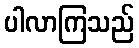
ပါလာကြသည်